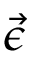
\vec { \epsilon }